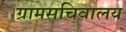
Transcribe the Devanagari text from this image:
ग्रामसचिवालय